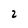
Character: 2